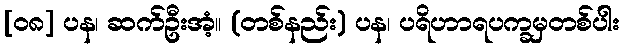
[၀၈] ပန၊ ဆက်ဦးအံ့။ (တစ်နည်း) ပန၊ ပရိဟာရပက္ခမှတစ်ပါး